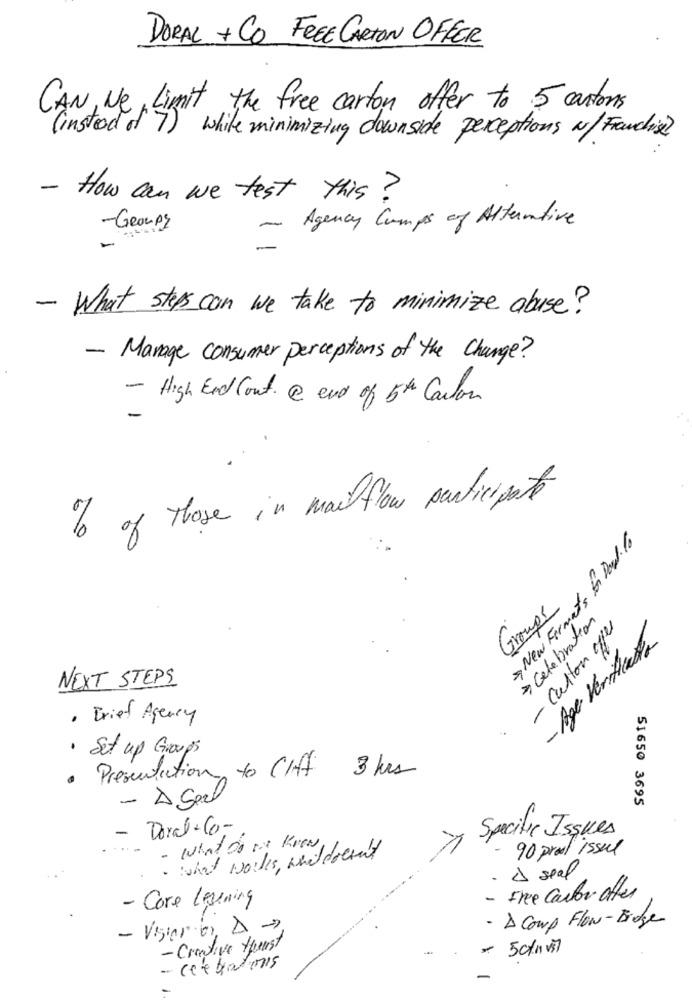
DORAL + CO FREE CARTON OFFER
CAN, Ne, Limit the free carton offer to 5 cartons
( instead of 7 ) while minimizing downside perceptions w/ Franchise?
- How can we test this?
Agency Cumps of Alternative
-GROUPS
-
-
- What steps can we take to minimize abuse?
- Manage consumer perceptions of the Change?
- High End Cont. @ end of 5th Carlow
% of those in mailflow participate
> New Ferments for Dowd. to
Groups
> Celebration
- callon ofer
- Age Verificato
NEXT STEPS
· Friet Agency
· Set up Groups
· Presentation to CH+ 3 hrs
- À Spel
51650 3695
- Doral +6 ,-
Specific Issues
- what Or is Know,
90 proof issue
· what works, anddoesn't
- & seal
- Core Lesening
- Free Carlor offer
- À Coup Flow- Bidge
-Creative Houst
- 5c/m vs7
- celebrations